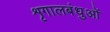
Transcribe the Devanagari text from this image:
शृगालबंधुओं